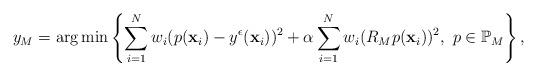
LaTeX: \begin{align*}y_M=\arg\min\left\{\sum_{i=1}^Nw_i(p(\mathbf{x}_i)-y^\epsilon(\mathbf{x}_i))^2+\alpha\sum_{i=1}^Nw_i(R_Mp(\mathbf{x}_i))^2,\ p\in\mathbb{P}_M\right\},\end{align*}